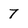
Character: 7